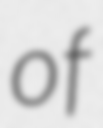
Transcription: of